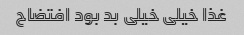
غذا خیلی خیلی بد بود افتضاح